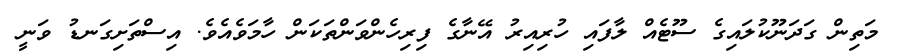
މަތިން ގަދަނޫކުލައިގެ ސޫޓެއް ލާފައި ހުރިއިރު އޭނާގެ ފިރިހެންވަންތަކަން ހާމަވެއެވެ. އިސްތަށިގަނޑު ވަނީ